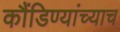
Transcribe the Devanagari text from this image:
कौंडिण्यांच्याच